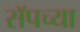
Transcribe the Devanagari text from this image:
सॅपच्या